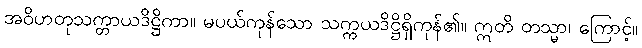
အဝိဟတုသက္တာယဒိဋ္ဌိကာ။ မပယ်ကုန်သော သက္ကယဒိဋ္ဌိရှိကုန်၏။ ဣတိ တသ္မာ၊ ကြောင့်။